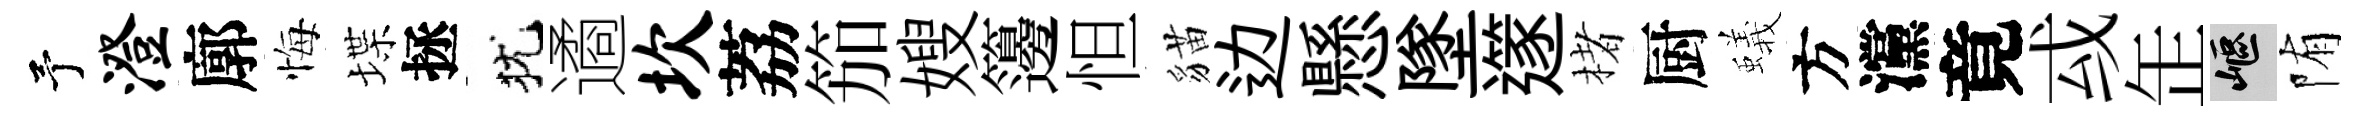
予澄廓悔堞拯犹遹坎荔笳嫂籩怛貓边懸墜𨗹楮厨蟻方灙竟㦯𦈢嶇陏